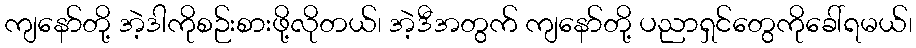
ကျနော်တို့ အဲ့ဒါကိုစဉ်းစားဖို့လိုတယ်၊ အဲ့ဒီအတွက် ကျနော်တို့ ပညာရှင်တွေကိုခေါ်ရမယ်၊